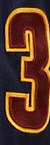
3